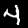
Digit: 4